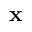
\mathbf x